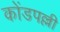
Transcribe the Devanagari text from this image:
कोंडपल्ली